Report on vaccination in the Province of Bengal - 1869-1873
Year: 1869
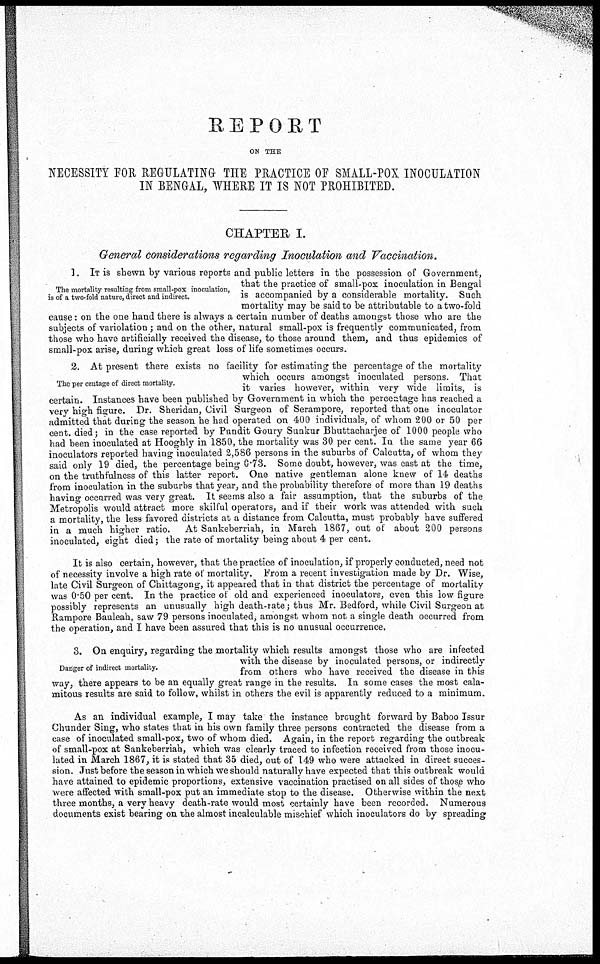
REPORT
ON THE
NECESSITY FOR REGULATING THE PRACTICE OF SMALL-POX INOCULATION
IN BENGAL, WHERE IT IS NOT PROHIBITED.
CHAPTER I.
General considerations regarding Inoculation and Vaccination.
The mortality resulting from small-pox inoculation,
is of a two-fold nature, direct and indirect.
1. IT is shewn by various reports and public letters in the possession of Government,
that the practice of small-pox inoculation in Bengal
is accompanied by a considerable mortality. Such
mortality may be said to be attributable to a two-fold
cause: on the one hand there is always a certain number of deaths amongst those who are the
subjects of variolation; and on the other, natural small-pox is frequently communicated, from
those who have artificially received the disease, to those around them, and thus epidemics of
small-pox arise, during which great loss of life sometimes occurs.
The per centage of direct mortality.
2. At present there exists no facility for estimating the percentage of the mortality
which occurs amongst inoculated persons. That
it varies however, within very wide limits, is
certain. Instances have been published by Government in which the percentage has reached a
very high figure. Dr. Sheridan, Civil Surgeon of Serampore, reported that one inoculator
admitted that during the season he had operated on 400 individuals, of whom 200 or 50 per
cent. died; in the case reported by Pundit Goury Sunkur Bhuttacharjee of 1000 people who
had been inoculated at Hooghly in 1850, the mortality was 30 per cent. In the same year 66
inoculators reported having inoculated 2,586 persons in the suburbs of Calcutta, of whom they
said only 19 died, the percentage being 0.73. Some doubt, however, was cast at the time,
on the truthfulness of this latter report. One native gentleman alone knew of 14 deaths
from inoculation in the suburbs that year, and the probability therefore of more than 19 deaths
having occurred was very great. It seems also a fair assumption, that the suburbs of the
Metropolis would attract more skilful operators, and if their work was attended with such
a mortality, the less favored districts at a distance from Calcutta, must probably have suffered
in a much higher ratio. At Sankeberriah, in March 1867, out of about 200 persons
inoculated, eight died ; the rate of mortality being about 4 per cent.
It is also certain, however, that the practice of inoculation, if properly conducted, need not
of necessity involve a high rate of mortality. From a recent investigation made by Dr. Wise,
late Civil Surgeon of Chittagong, it appeared that in that district the percentage of mortality
was 0.50 per cent. In the practice of old and experienced inoculators, even this low figure
possibly represents an unusually high death-rate; thus Mr. Bedford, while Civil Surgeon at
Rampore Bauleah, saw 79 persons inoculated, amongst whom not a single death occurred from
the operation, and I have been assured that this is no unusual occurrence.
Danger of indirect mortality.
3. On enquiry, regarding the mortality which results amongst those who are infected
with the disease by inoculated persons, or indirectly
from others who have received the disease in this
way, there appears to be an equally great range in the results. In some cases the most cala-
mitous results are said to follow, whilst in others the evil is apparently reduced to a minimum.
As an individual example, I may take the instance brought forward by Baboo Issur
Chunder Sing, who states that in his own family three persons contracted the disease from a
case of inoculated small-pox, two of whom died. Again, in the report regarding the outbreak
of small-pox at Sankeberriah, which was clearly traced to infection received from those inocu-
lated in March 1867, it is stated that 35 died, out of 149 who were attacked in direct succes-
sion. Just before the season in which we should naturally have expected that this outbreak would
have attained to epidemic proportions, extensive vaccination practised on all sides of those who
were affected with small-pox put an immediate stop to the disease. Otherwise within the next
three months, a very heavy death-rate would most certainly have been recorded. Numerous
documents exist bearing on the almost incalculable mischief which inoculators do by spreading